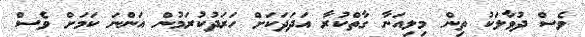
ވެސް ދުވާލަކު ތިން މިލިއަނާ ގާތްކުރާ އަދަދަކަށް ހަރަދުކުރަމުން އަންނަ ކަމަށް ވެސް